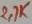
Text: 2,7K